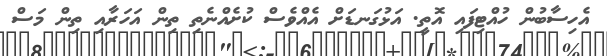
އެހިސާބުން ހުއްޓިފައި އޮތީ. އަޅުގަނޑަށް އެއްވެސް ކުށެއްނެތި ތިން އަހަރާއި ތިން މަސް